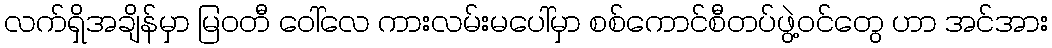
လက်ရှိအချိန်မှာ မြဝတီ ဝေါ်လေ ကားလမ်းမပေါ်မှာ စစ်ကောင်စီတပ်ဖွဲ့ဝင်တွေ ဟာ အင်အား